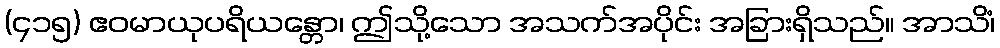
(၄၁၅) ဧဝမာယုပရိယန္တော၊ ဤသို့သော အသက်အပိုင်း အခြားရှိသည်။ အာသိံ၊